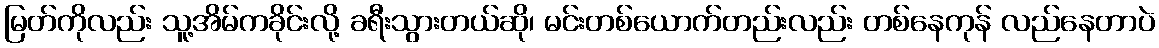
မြတ်ကိုလည်း သူ့အိမ်ကခိုင်းလို့ ခရီးသွားတယ်ဆို၊ မင်းတစ်ယောက်တည်းလည်း တစ်နေကုန် လည်နေတာပဲ